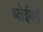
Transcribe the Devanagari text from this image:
ब्लेईबर्ग